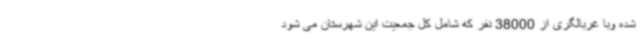
شده وبا غربالگری از 38000 نفر که شامل کل جمعیت این شهرستان می شود